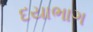
દયાભાગ